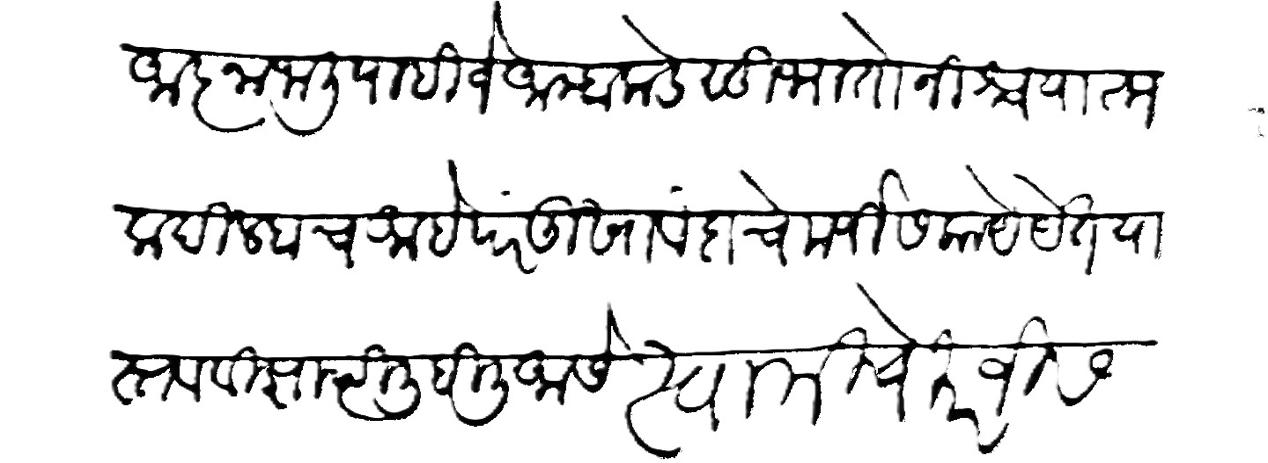
Transliteration (Devanagari): आज्ञा जाली पाहिजे आम्हाकडे सुभा तो निश्चयात्म
क दिल्हाच आहे परंतु खावंदाचे मर्जीस काये येत या
स्तव विज्ञाप्ति लिहिली आसे। स्वामीचे मरजीस